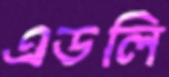
এডলি